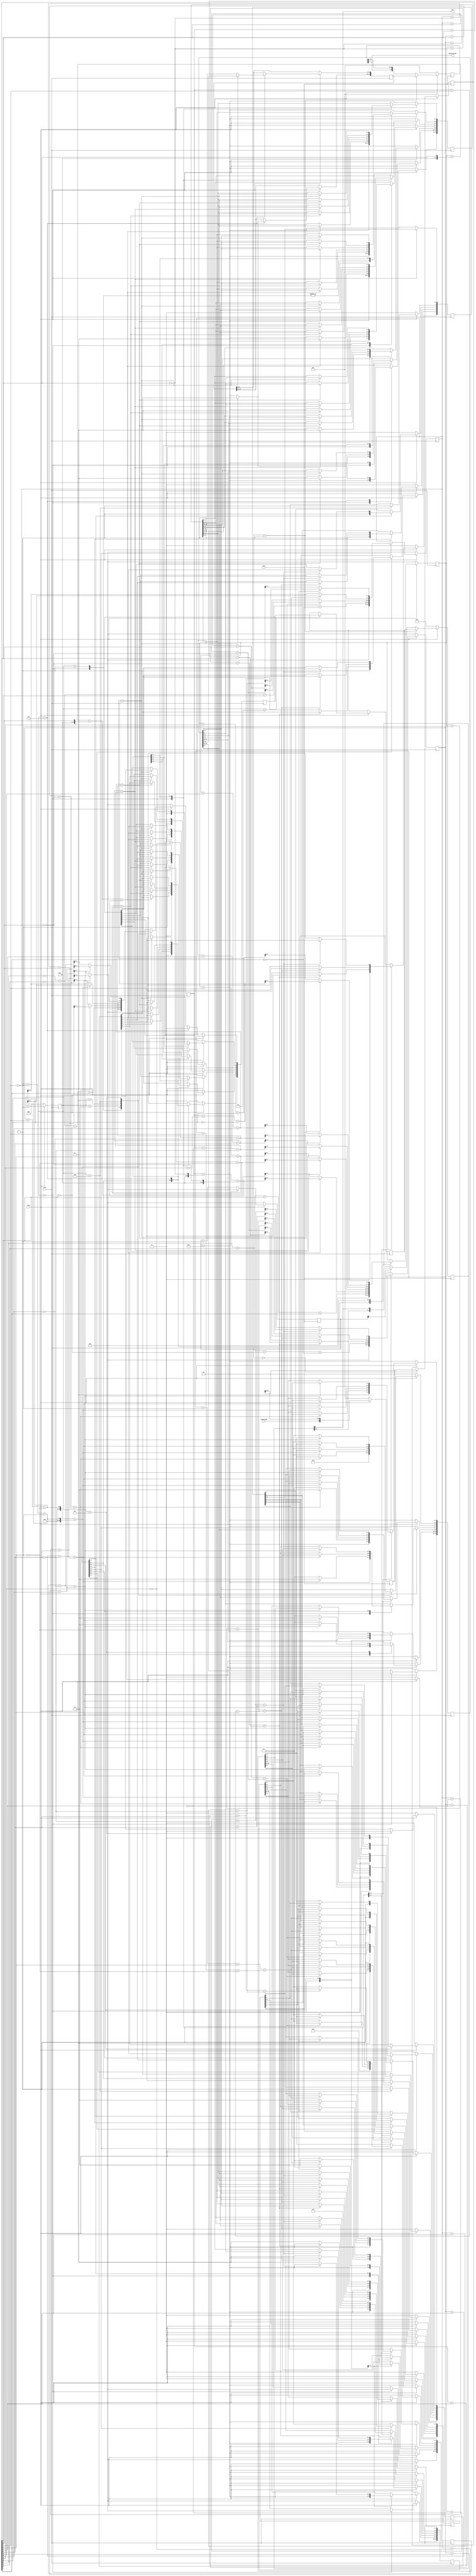
module viterbi(
  input  clk1,
  input  clk2,
  input  reset,  //
  input  singlecode,
  output possiblecode,
  output ans);  
  reg[13:0]     code,codebuff;
  reg[3:0]      code_len;
  reg[2:0]      decode_len;
  reg[13:0]     newcode,newcode1,possible_code1,possible_code2,possible_code3,possible_code4;
  reg[3:0]      error1,error2,error3,error4; 
  reg[6:0]      decode,decode1,decode2,decode3,decode4;
  reg[6:0]      decode5;
   always@(posedge clk1)begin
   if(!reset)begin
        code   <=  0;
    codebuff  <=  0;
    code_len   <=  0;
  end
   else begin
   if(code_len == 4'b1101)
        code_len   <= 4'b0000;        
   else
        code_len  <= code_len + 1;
    codebuff <= {singlecode,codebuff[13:1]};
         if(code_len == 4'b0000)begin
              code <= codebuff;
             end
          else
              code <= code;
   end 
  end
   always@(posedge clk2)begin
  if(!reset)begin
       decode_len <= 0;
   possible_code1   <= 0;
   possible_code2   <= 0;
   possible_code3   <= 0;
   possible_code4   <= 0; 
   error1   <= 0;
   error2   <= 0;
   error3   <= 0;
   error4   <= 0;
   decode1 <= 0;
   decode2 <= 0;
   decode3 <= 0;
   decode4 <= 0;
  end
 else begin
   decode_len <= decode_len  + 1;
     case(decode_len)
       3'b000: begin
         possible_code1[1:0]  <= 2'b00;
         possible_code2[1:0]  <= 2'b00;
         possible_code3[1:0]  <= 2'b11;
         possible_code4[1:0]  <= 2'b11;
         possible_code1[13:2] <= 0;
         possible_code2[13:2] <= 0;
         possible_code3[13:2] <= 0;
         possible_code4[13:2] <= 0;
         error1  <= 0;
         error2  <= 0;
         error3  <= 0;
         error4  <= 0;    
         decode1[6]  <= 0;
         decode2[6]  <= 0;
         decode3[6]  <= 1;
         decode4[6]  <= 1;
      end
     3'b001 : begin
          possible_code1[3:2]  <= 2'b00;
          possible_code2[3:2]  <= 2'b11;
          possible_code3[3:2]  <= 2'b01;
          possible_code4[3:2]  <= 2'b10;     
       error1  <= {3'b000,0^code[0]} + {3'b000,0^code[1]} +
                   {3'b000,0^code[2]} + {3'b000,0^code[3]};
       error2  <= {3'b000,0^code[0]} + {3'b000,0^code[1]} +
                   {3'b000,1^code[2]} + {3'b000,1^code[3]};
       error3  <= {3'b000,1^code[0]} + {3'b000,1^code[1]} +
                   {3'b000,1^code[2]} + {3'b000,0^code[3]};
       error4  <= {3'b000,1^code[0]} + {3'b000,1^code[1]} +
                   {3'b000,0^code[2]} + {3'b000,1^code[3]};   
       decode1[5] <= 0;
       decode2[5] <= 1;
       decode3[5] <= 0;
       decode4[5] <= 1;
    end    
     3'b010 : begin
         //  a = 2'b00
     if(error1 + {3'b000,0^code[5]} + {3'b000,0^code[4]} >
         error3 + {3'b000,1^code[5]} + {3'b000,1^code[4]})
      begin
       error1 <= error3 + {3'b000,1^code[5]} + {3'b000,1^code[4]};
       possible_code1[3:0]    <= possible_code3[3:0];
       possible_code1[5:4]    <= 2'b11;
       decode1[4]     <= 1'b0;
       decode1[6:5]  <= decode3[6:5];
      end
     else begin 
       error1 <= error1 + {3'b000,0^code[5]} + {3'b000,0^code[4]};
       possible_code1[3:0]  <= possible_code1[3:0];
       possible_code1[5:4]  <= 2'b00;
       decode1[4]  <= 1'b0;
       decode1[6:5] <= decode1[6:5];
      end
     // b = 2'b10
     if(error1 + {3'b000,1^code[5]} + {3'b000,1^code[4]} >
         error3 + {3'b000,0^code[5]} + {3'b000,0^code[5]})
      begin
        error2  <= error3 + {3'b000,0^code[5]} + {3'b000,0^code[5]};
      possible_code2[3:0] <= possible_code3[3:0];
      possible_code2[5:4] <= 2'b00;
      decode2[4] <= 1;
      decode2[6:5] <= decode3[6:5];
     end
     else begin 
      error2 <= error1 + {3'b000,1^code[5]} + {3'b000,1^code[4]};
      possible_code2[3:0] <= possible_code1[3:0];
      possible_code2[5:4] <= 2'b11;
      decode2[4]  <= 1;
      decode2[6:5] <= decode1[6:5];
      end
     //c = 2'b01
     if(error2 + {3'b000,0^code[5]} + {3'b000,1^code[4]} >
         error4 + {3'b000,1 ^code[5]} + {3'b000,0^code[4]})
      begin
        error3  <=error4 + {3'b000,1 ^code[5]} + {3'b000,0^code[4]};
        possible_code3[3:0] <= possible_code4[3:0];
        possible_code3[5:4] <= 2'b10;
        decode3[4]  <= 0;
        decode3[6:5] <= decode4[6:5];
      end
     else begin
        error3  <= error2 + {3'b000,0^code[5]} + {3'b000,1^code[4]};
        possible_code3[3:0] <= possible_code2[3:0];
        possible_code3[5:4] <= 2'b01;
        decode3[4] <= 0;
        decode3[6:5] <= decode2[6:5];
      end     
     // c = 2'b11
     if(error2 + {3'b000,1^code[5]} + {3'b000,0^code[4]} >
          error4 + {3'b000,0^code[5]} + {3'b000,1^code[4]})
      begin
       error4 <= error4 + {3'b000,0^code[5]} + {3'b000,1^code[4]};
       possible_code4[3:0] <= possible_code4[3:0];
       possible_code4[5:4] <= 2'b01;
       decode4[4] <= 1;
       decode4[6:5] <= decode4[6:5];
      end
     else begin
       error4 <= error2 + {3'b000,1^code[5]} + {3'b000,0^code[4]};
       possible_code4[3:0] <= possible_code2[3:0];
       possible_code4[5:4] <= 2'b10;
       decode4[4] <= 1;
       decode4[6:5] <= decode2[6:5];
      end
    end
   3'b011 :begin  
         //a = 2'b00
         if(error1 + {3'b000,0^code[7]} + {3'b000,0^code[6]} >
          error3 + {3'b000,1^code[7]} + {3'b000,1^code[6]})
      begin
       error1  <= error3 + {3'b000,1^code[7]} + {3'b000,1^code[6]};
       possible_code1[5:0] <= possible_code3[5:0];
       possible_code1[7:6] <= 2'b11;
       decode1[3] <= 0;
       decode1[6:4] <= decode3[6:4];
      end
     else begin
       error1  <= error1 + {3'b000,0^code[7]} + {3'b000,0^code[6]};
       possible_code1[5:0] <= possible_code1[5:0];
       possible_code1[7:6] <= 2'b00;
       decode1[3] <= 0;
       decode1[6:4] <= decode1[6:4];
      end
     // b = 2'b10
     if(error1 + {3'b000,1^code[7]} + {3'b000, 1^code[6]} >
          error3+ {3'b000,0^code[7]} + {3'b000,0^code[6]})
      begin
       error2  <= error3 + {3'b000,0^code[7]} + {3'b000,0^code[6]};
       possible_code2[5:0] <= possible_code3[5:0];
       possible_code2[7:6] <= 2'b00;
       decode2[3] <= 1;
       decode2[6:4] <= decode3[6:4];
      end
     else begin
       error2 <= error1 + {3'b000,1^code[7]} + {3'b000, 1^code[6]};
       possible_code2[5:0]  <= possible_code1[5:0];
       possible_code2[7:6]  <= 2'b11;
       decode2[3]  <= 1;
       decode2[6:4] <= decode1[6:4];
      end
     //2'b01
     if(error2 + {3'b000,0^code[7]} + {3'b000,1^code[6]} >
         error4 + {3'b000,1^code[7]} + {3'b000,0^code[6]})
      begin
       error3  <= error4 + {3'b000,1^code[7]} + {3'b000,0^code[6]};
       possible_code3[5:0] <= possible_code4[5:0];
       possible_code3[7:6] <= 2'b10;
       decode3[3] <= 0;
       decode3[6:4] <= decode4[6:4];
      end
     else begin
                 error3  <= error2 + {3'b000,0^code[7]} + {3'b000,1^code[6]};
       possible_code3[5:0] <= possible_code2[5:0];
       possible_code3[7:6] <= 2'b01;
       decode3[3] <= 0;
       decode3[6:4] <= decode2[6:4];
      end
     // 2'b11
     if(error2 + {3'b000,1^code[7]} + {3'b000,0^code[6]} >
         error4 + {3'b000,0^code[7]} + {3'b000,1^code[6]})
      begin
                 error4  <= error4 + {3'b000,1^code[7]} + {3'b000,0^code[6]};
       possible_code4[5:0] <= possible_code4[5:0];
       possible_code4[7:6] <= 2'b01;
       decode4[3] <= 1;
       decode4[6:4] <= decode4[6:4];
      end
     else begin
       error4  <= error2 + {3'b000,0^code[7]} + {3'b000,1^code[6]};
       possible_code4[5:0] <= possible_code2[5:0];
       possible_code4[7:6] <= 2'b10;
       decode4[3] <= 1;
       decode4[6:4] <= decode2[6:4];
      end
      end
     3'b100 : begin
         // 2'b00
     if(error1 + {3'b000,0^code[9]} + {3'b000,0^code[8]} >
         error3 + {3'b000,1^code[9]} + {3'b000,1^code[8]})
      begin
       error1  <= error3 + {3'b000,1^code[9]} + {3'b000,1^code[8]};
       possible_code1[7:0] <= possible_code3[7:0];
       possible_code1[9:8] <= 2'b11;
       decode1[2] <= 0;
       decode1[6:3] <= decode3[6:3];
      end
       else begin
       error1 <= error1 + {3'b000,0^code[9]} + {3'b000,0^code[8]};
       possible_code1[7:0] <= possible_code1[7:0];
       possible_code1[9:8] <= 2'b00;
       decode1[2] <= 0;
       decode1[6:3] <= decode1[6:3];
      end
     //2'b10
     if(error1 + {3'b000,1^code[9]} + {3'b000,1^code[8]} >
         error3 + {3'b000,0^code[9]} + {3'b000,0^code[8]})
      begin
       error2 <= error3 + {3'b000,0^code[9]} + {3'b000,0^code[8]};
       possible_code2[7:0] <= possible_code3[7:0];
       possible_code2[9:8] <= 2'b00;
       decode2[2] <= 1;
       decode2[6:3] <= decode3[6:3];
      end
     else begin
       error2 <= error1 + {3'b000,1^code[9]} + {3'b000,1^code[8]};
       possible_code2[7:0] <= possible_code1[7:0];
       possible_code2[9:8] <= 2'b11;
       decode2[2] <= 1;
       decode2[6:3] <= decode1[6:3];
      end
     // 2'b01
     if(error2 +{3'b000,0^code[9]} + {3'b000,1^code[8]} >
         error4 + {3'b000,1^code[9]} + {3'b000,0^code[8]})
      begin
       error3      <= error4 + {3'b000,1^code[9]} + {3'b000,0^code[8]};
      possible_code3[7:0] <= possible_code4[7:0];
       possible_code3[9:8] <= 2'b10;
       decode3[2] <= 0;
       decode3[6:3] <= decode4[6:3];
      end
     else begin
       error3  <= error2 + {3'b000,0^code[9]} + {3'b000,1^code[8]};
       possible_code3[7:0] <= possible_code2[7:0];
       possible_code3[9:8] <= 2'b01;
       decode3[2] <= 0;
       decode3[6:3] <= decode2[6:3];
      end
     // 2'b11
     if(error2 + {3'b000,1^code[9]} + {3'b000,0^code[8]} >
         error4 + {3'b000,0^code[9]} + {3'b000,1^code[8]})
      begin
       error4 <= error4 + {3'b000,0^code[9]} + {3'b000,1^code[8]};
       possible_code4[7:0] <= possible_code4[7:0];
       possible_code4[9:8] <= 2'b01;
       decode4[2] <= 1;
       decode4[6:3] <= decode4[6:3];
      end
     else begin
       error4 <= error2 + {3'b000,1^code[9]} + {3'b000,0^code[8]};
       possible_code4[7:0] <= possible_code2[7:0];
       possible_code4[9:8] <= 2'b10;
       decode4[2] <= 1;
       decode4[6:3] <= decode2[6:3];
      end
    end
   3'b101: begin
         //2'b00
     if(error1 + {3'b000,0^code[11]} + {3'b000,0^code[10]} >
         error3 + {3'b000,1^code[11]} + {3'b000,1^code[10]})
      begin
        error1 <= error3 + {3'b000,1^code[11]} + {3'b000,1^code[10]};
      possible_code1[9:0] <= possible_code3[9:0];
      possible_code1[11:10] <= 2'b11;
      decode1[1]   <= 0;
      decode1[6:2] <= decode3[6:2];
      end
     else begin
        error1 <= error1 + {3'b000,0^code[11]} + {3'b000,0^code[10]};
      possible_code1[9:0]   <= possible_code1[9:0];
      possible_code1[11:10] <= 2'b00;
      decode1[1]   <= 0;
      decode1[6:2] <= decode1[6:2];
      end
     //2'b01
     if(error2 + {3'b000,0^code[11]} + {3'b000,1^code[10]} >
         error4 + {3'b000,1^code[11]} + {3'b000,0^code[10]})
                begin
       error3 <= error4 + {3'b000,1^code[11]} + {3'b000,0^code[10]};
       possible_code3[9:0]   <= possible_code4[9:0];
       possible_code3[11:10] <= 2'b10;
       decode3[1]   <= 0;
       decode3[6:2] <= decode4[6:2];
      end
     else begin
       error3 <= error2 + {3'b000,0^code[11]} + {3'b000,1^code[10]};
       possible_code3[9:0]   <= possible_code2[9:0];
       possible_code3[11:10] <= 2'b01;
       decode3[1]   <= 0;
       decode3[6:2] <= decode2[6:2];
      end
    end
   3'b110 : begin
               // 2'b00
      if(error1 + {3'b000,0^code[13]} + {3'b000,0^code[12]} >
          error3 + {3'b000,1^code[13]} + {3'b000,1^code[12]})
      begin
       error1 <= error3 + {3'b000,1^code[13]} + {3'b000,1^code[12]};
       possible_code1[11:0]    <= possible_code3[11:0];
       possible_code1[13:12]   <= 2'b11;
       newcode[11:0] <= possible_code3[11:0];
       newcode[13:12]<= 2'b11;
       decode1[0]     <= 0;
       decode1[6:1]   <= decode3[6:1];
      end
      else begin
       error1 <= error1 + {3'b000,0^code[13]} + {3'b000,0^code[12]};
       possible_code1[11:0]    <= possible_code1[11:0];
       possible_code1[13:12]   <= 2'b00;
       newcode[11:0] <= possible_code1[11:0];
       newcode[13:12]<= 2'b00;
       decode1[0]     <= 0;
       decode1[6:1]   <= decode1[6:1];
      end
     end    
 3'b111 :  decode5[6:0] <= decode1[6:0];   
   default :begin
         possible_code1[1:0] <= 2'b00;
         possible_code2[1:0] <= 2'b00;
         possible_code3[1:0] <= 2'b11;
         possible_code4[1:0] <= 2'b11;     
         error1  <= 0;
         error2  <= 0;
         error3  <= 0;
         error4  <= 0;     
         decode1 <= 0;
         decode2 <= 0;
         decode3 <= 0;
         decode4 <= 0;
    end
  endcase
  end
 end
  always@(posedge clk1)begin
    if(!reset)begin
   newcode1  <= 0;
   decode     <= 0;
   end
  else begin
   if(code_len == 1)begin
      decode    <= decode5;
      newcode1 <= newcode;
      end
     else begin 
    newcode1[13:0] <= {newcode1[0],newcode1[13:1]};
    if(code_len[0]==1)
       decode[6:0]  <= {decode[5:0],decode[6]};
   end
    end    
  end
    assign possiblecode = newcode1[0];
  assign ans = decode[6];
endmodule